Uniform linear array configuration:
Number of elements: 32
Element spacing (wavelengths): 0.75
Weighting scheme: hamming
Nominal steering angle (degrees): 15
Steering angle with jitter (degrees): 13.559
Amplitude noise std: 0.05
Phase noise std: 0.05

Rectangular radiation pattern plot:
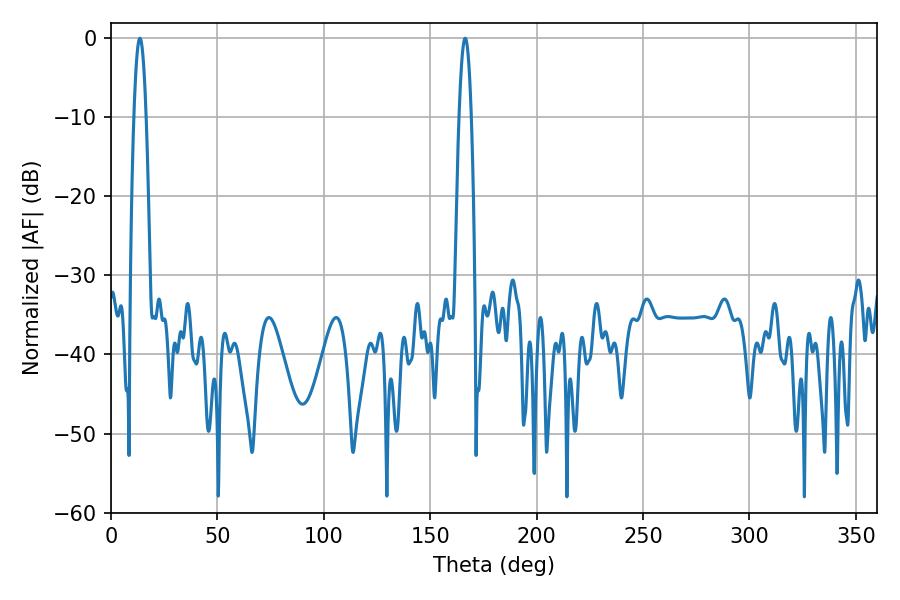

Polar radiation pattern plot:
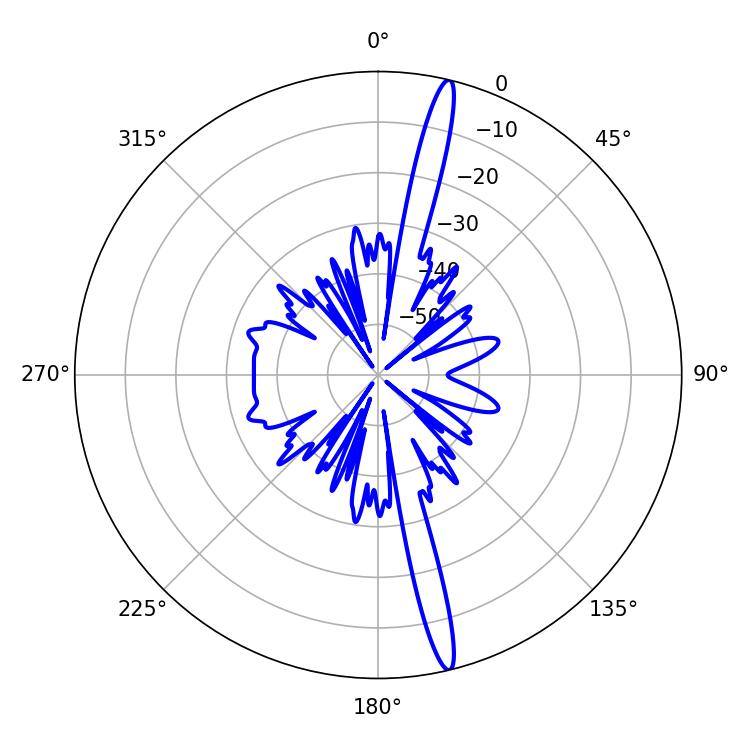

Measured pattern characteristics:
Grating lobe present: TRUE
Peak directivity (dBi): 18.535
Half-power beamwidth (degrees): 3.06
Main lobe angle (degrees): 166.5